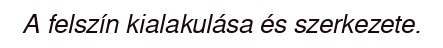
A felszín kialakulása és szerkezete.